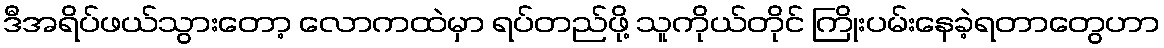
ဒီအရိပ်ဖယ်သွားတော့ လောကထဲမှာ ရပ်တည်ဖို့ သူကိုယ်တိုင် ကြိုးပမ်းနေခဲ့ရတာတွေဟာ